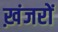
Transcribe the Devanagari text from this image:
ख़ंजरों